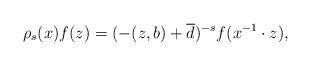
LaTeX: \begin{align*} \rho_s(x)f(z)=(-(z,b)+\overline{d})^{-s}f(x^{-1}\cdot z),\end{align*}